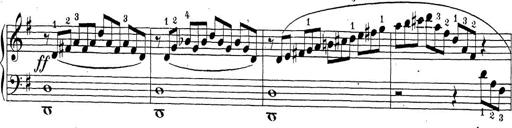
Title: Sonatina Album
Composer: Louis KÃ¶hler